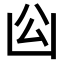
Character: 𠚅